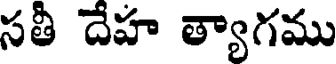
సతీ దేహ త్యాగము